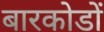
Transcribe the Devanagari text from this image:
बारकोडों